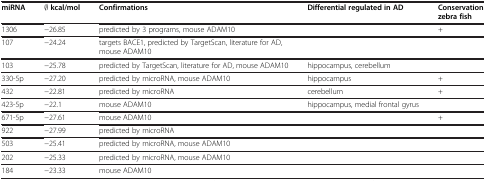
| miRNA | ∅ kcal/mol | Confirmations | Differential regulated in AD | Conservation zebra fish |
 | --- | --- | --- | --- | --- |
 | 1306 | −26.85 | predicted by 3 programs, mouse ADAM10 |  | + |
 | 107 | −24.24 | targets BACE1, predicted by TargetScan, literature for AD, mouse ADAM10 |  |  |
 | 103 | −25.78 | predicted by TargetScan, literature for AD, mouse ADAM10 | hippocampus, cerebellum |  |
 | 330-5p | −27.20 | predicted by microRNA, mouse ADAM10 | hippocampus | + |
 | 432 | −22.81 | predicted by microRNA | cerebellum | + |
 | 423-5p | −22.1 | mouse ADAM10 | hippocampus, medial frontal gyrus |  |
 | 671-5p | −27.61 | mouse ADAM10 |  | + |
 | 922 | −27.99 | predicted by microRNA |  |  |
 | 503 | −25.41 | predicted by microRNA, mouse ADAM10 |  |  |
 | 202 | −25.33 | predicted by microRNA, mouse ADAM10 |  |  |
 | 184 | −23.33 | mouse ADAM10 |  |  |